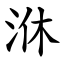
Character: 㳜